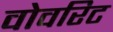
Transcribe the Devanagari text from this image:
वोवरिट